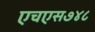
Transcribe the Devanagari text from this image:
एचएस७४८